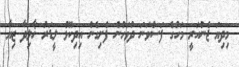
މިދިޔަ ޖެނުއަރީ މަހުގެ ފަސްވަނަ ދުވަހުން ފެށިގެން އިދިކޮޅު ލީޑަރު ޚާލިދާ ޒިޔާ